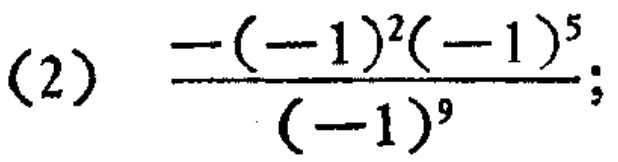
(2) $\frac{-(-1)^{2}(-1)^{5}}{(-1)^{9}}$;